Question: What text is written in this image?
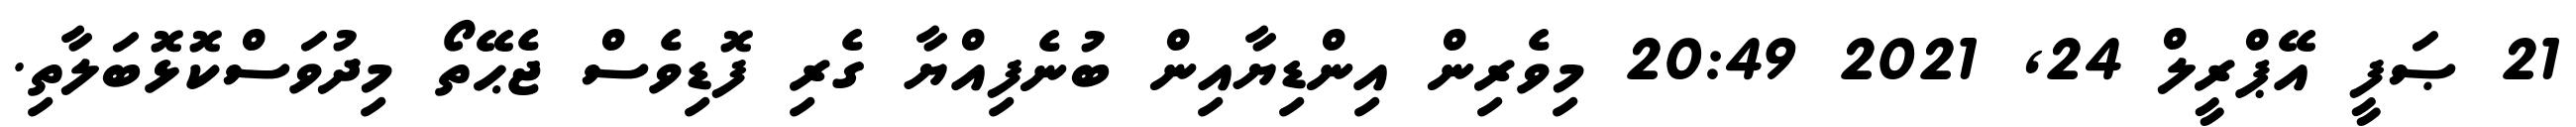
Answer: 21 ޞަފީ އޭޕްރީލް 24, 2021 20:49 މިވެރިން އިންޑިޔާއިން ބުނެފިއްޔާ ގެރި ފޮޑިވެސް ޖެޙޭތޯ މިދުވަސްކޮޅޮބަލާތި.